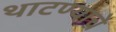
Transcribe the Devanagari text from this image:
थाटण्याचे